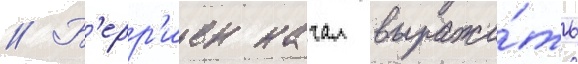
// Б'ерр'иен начал выража́ть